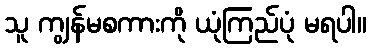
သူ ကျွန်မစကားကို ယုံကြည်ပုံ မရပါ။